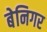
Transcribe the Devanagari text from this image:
बेनिगर